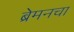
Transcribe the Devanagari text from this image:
ब्रेमनचा